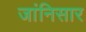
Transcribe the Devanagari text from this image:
जांनिसार